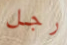
رجل